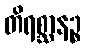
တိရစ္ဆာနဉ္စ